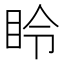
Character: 𪾧